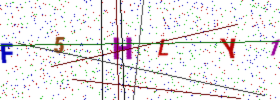
Text: F5HLY1